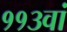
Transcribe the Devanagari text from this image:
११३वां